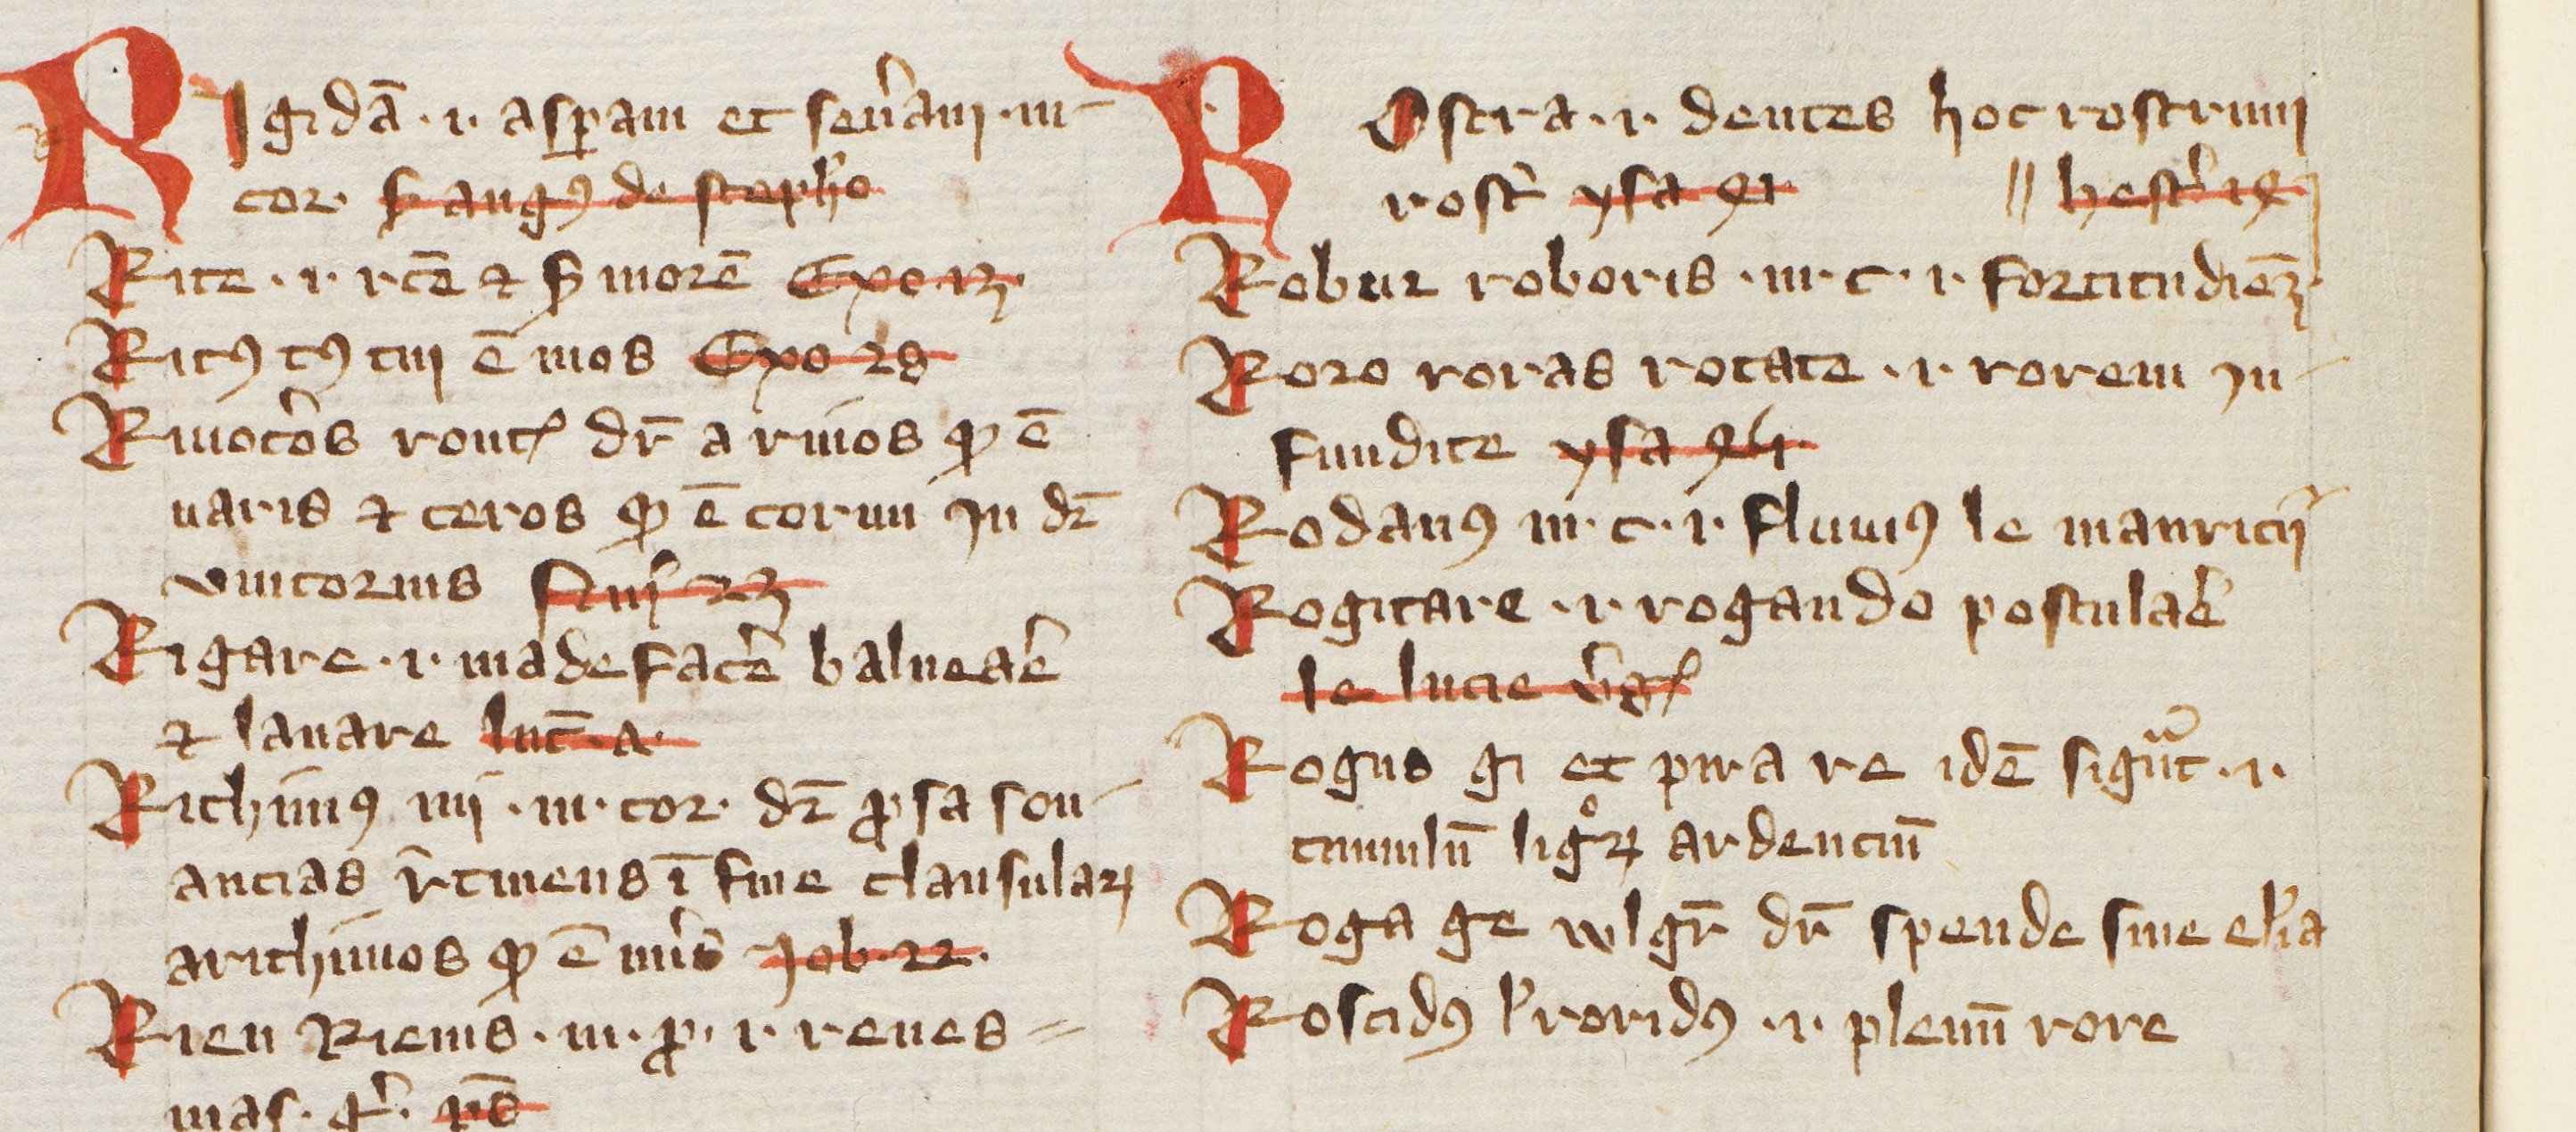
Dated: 1385–1415